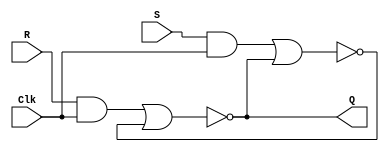
module p1(Clk, R, S, Q);

	input Clk, R, S;
	output Q;
	
	wire R_g, S_g, Qa, Qb;
	
	and(R_g, R, Clk);
	and(S_g, S, Clk);
	nor(Qa, R_g, Qb);
	nor(Qb, S_g, Qa);
	
	assign Q = Qa;

endmodule